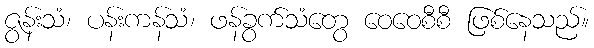
ဇွန်းသံ၊ ပန်းကန်သံ၊ ဖန်ခွက်သံတွေ ဝေဝေစီစီ ဖြစ်နေသည်။